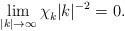
LaTeX: \begin{align*} \lim_{|k|\to\infty}\chi_k^{}|k|^{-2} = 0.\end{align*}